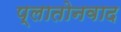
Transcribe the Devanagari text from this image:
प्लातोनवाद